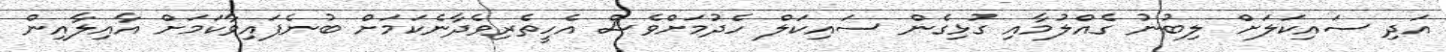
އަދި ސައިކަލަށް ލިބުނު ގެއްލުމާއި ގުޅިގެން ސައިކަލް ހެދުމަށްވެސް އެހީތެރިވެދާނެކަމަށް ބުނެފައިވާކަމަށް އާއިލާއިން